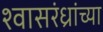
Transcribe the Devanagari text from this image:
श्वासरंध्रांच्या